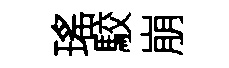
瑤駮崩